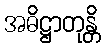
အဓိဋ္ဌာတုန္တိ